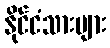
နိုင်ငံသားများ